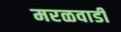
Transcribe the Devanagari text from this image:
मरळवाडी